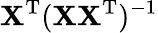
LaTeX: {\mathbf X}^{{\mathrm T}}({\mathbf X}{\mathbf X}^{{\mathrm T}})^{-1}